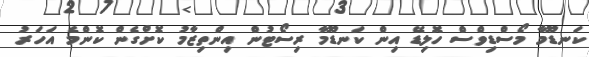
ކަނޑޫމާ މޯސްޑިވްސް ހޮލިޑޭ އިން ކަނޑޫމާ ރިސޯޓުން އިންތިޒާމު ކޮށްގެން ކޮންމެ އަހަރު